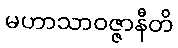
မဟာသာဝဇ္ဇာနီတိ